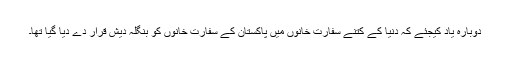
دوبارہ یاد کیجئے کہ دنیا کے کتنے سفارت خانوں میں پاکستان کے سفارت خانوں کو بنگلہ دیش قرار دے دیا گیا تھا۔